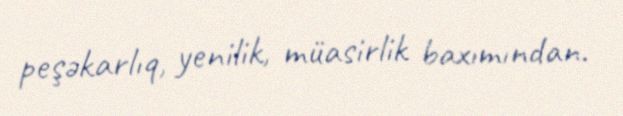
peşəkarlıq, yenilik, müasirlik baxımından.